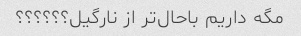
مگه داریم باحال‌تر از نارگیل؟؟؟؟؟؟